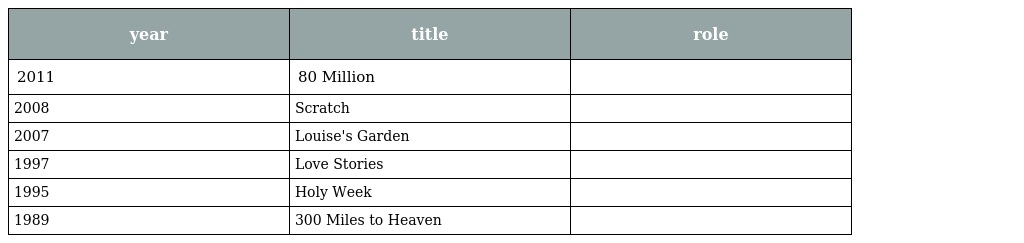
| year | title | role |
 | --- | --- | --- |
 | 2011 | 80 Million |  |
 | 2008 | Scratch |  |
 | 2007 | Louise's Garden |  |
 | 1997 | Love Stories |  |
 | 1995 | Holy Week |  |
 | 1989 | 300 Miles to Heaven |  |